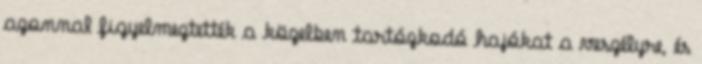
azonnal figyelmeztették a közelben tartózkodó hajókat a veszélyre, és